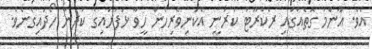
އެވެ. އާންމު ގޮތެއްގައި ރެކްރޫޓު ކުރަނީ އެކަނިވެރިހެން ހީވާ ޅަފުރައިގެ ކުދިން ހޯދައިގެނެވެ.